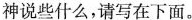
神说些什么，请写在下面。